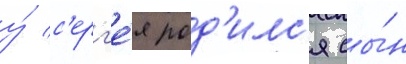
у́ с'ерг'е́я род'илс'я сы́н